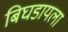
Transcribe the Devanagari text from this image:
बिघडायला